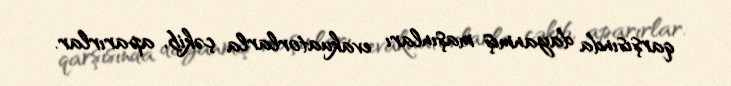
qarşısında dayanmış maşınları evakuatorlarla çəkib, aparırlar.